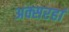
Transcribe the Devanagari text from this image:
अक्सरहां